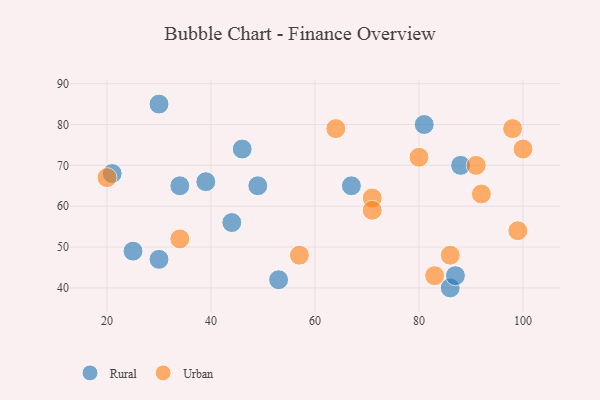
{"axis": {"x": "GDP", "y": "Life Expectancy"}, "legend": ["Rural", "Urban"], "data": [{"x": "30", "y": 85, "type": "Rural"}, {"x": "39", "y": 66, "type": "Rural"}, {"x": "49", "y": 65, "type": "Rural"}, {"x": "44", "y": 56, "type": "Rural"}, {"x": "86", "y": 40, "type": "Rural"}, {"x": "46", "y": 74, "type": "Rural"}, {"x": "53", "y": 42, "type": "Rural"}, {"x": "81", "y": 80, "type": "Rural"}, {"x": "25", "y": 49, "type": "Rural"}, {"x": "67", "y": 65, "type": "Rural"}, {"x": "87", "y": 43, "type": "Rural"}, {"x": "34", "y": 65, "type": "Rural"}, {"x": "88", "y": 70, "type": "Rural"}, {"x": "21", "y": 68, "type": "Rural"}, {"x": "30", "y": 47, "type": "Rural"}, {"x": "57", "y": 48, "type": "Urban"}, {"x": "92", "y": 63, "type": "Urban"}, {"x": "71", "y": 62, "type": "Urban"}, {"x": "86", "y": 48, "type": "Urban"}, {"x": "99", "y": 54, "type": "Urban"}, {"x": "80", "y": 72, "type": "Urban"}, {"x": "34", "y": 52, "type": "Urban"}, {"x": "100", "y": 74, "type": "Urban"}, {"x": "64", "y": 79, "type": "Urban"}, {"x": "91", "y": 70, "type": "Urban"}, {"x": "98", "y": 79, "type": "Urban"}, {"x": "83", "y": 43, "type": "Urban"}, {"x": "20", "y": 67, "type": "Urban"}, {"x": "71", "y": 59, "type": "Urban"}]}